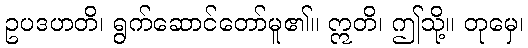
ဥပဒဟတိ၊ ရွက်ဆောင်တော်မူ၏။ ဣတိ၊ ဤသို့။ တုမှေ၊